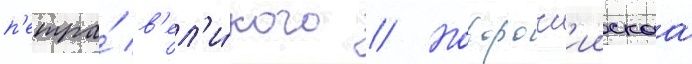
п'етра́ в'ел'и́кого // Новоросс'иискаа